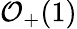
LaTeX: \mathcal{O}_{+}(1)